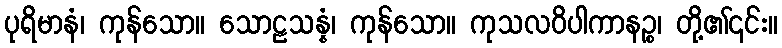
ပုရိမာနံ၊ ကုန်သော။ သောဠသန္နံ၊ ကုန်သော။ ကုသလဝိပါကာနဉ္စ၊ တို့၏၎င်း။